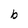
Character: b